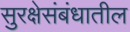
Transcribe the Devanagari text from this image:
सुरक्षेसंबंधातील